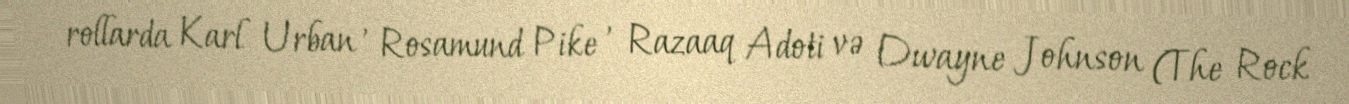
rollarda Karl Urban , Rosamund Pike , Razaaq Adoti və Dwayne Johnson (The Rock